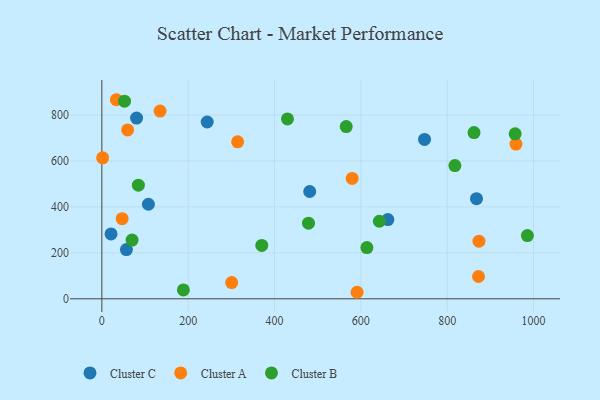
{"axis": {"x": "Speed", "y": "Yield"}, "legend": ["Cluster A", "Cluster B", "Cluster C"], "data": [{"x": "21.3", "y": 282.4, "type": "Cluster C"}, {"x": "56.9", "y": 214.3, "type": "Cluster C"}, {"x": "244.0", "y": 769.9, "type": "Cluster C"}, {"x": "747.5", "y": 694.0, "type": "Cluster C"}, {"x": "80.4", "y": 786.9, "type": "Cluster C"}, {"x": "867.8", "y": 435.9, "type": "Cluster C"}, {"x": "107.8", "y": 411.6, "type": "Cluster C"}, {"x": "481.5", "y": 467.3, "type": "Cluster C"}, {"x": "662.5", "y": 344.8, "type": "Cluster C"}, {"x": "591.2", "y": 28.4, "type": "Cluster A"}, {"x": "873.6", "y": 250.7, "type": "Cluster A"}, {"x": "959.3", "y": 673.8, "type": "Cluster A"}, {"x": "47.0", "y": 348.8, "type": "Cluster A"}, {"x": "872.5", "y": 97.0, "type": "Cluster A"}, {"x": "134.9", "y": 817.2, "type": "Cluster A"}, {"x": "314.5", "y": 683.6, "type": "Cluster A"}, {"x": "59.7", "y": 735.4, "type": "Cluster A"}, {"x": "33.6", "y": 866.8, "type": "Cluster A"}, {"x": "300.7", "y": 70.8, "type": "Cluster A"}, {"x": "579.8", "y": 524.0, "type": "Cluster A"}, {"x": "1.8", "y": 613.7, "type": "Cluster A"}, {"x": "642.8", "y": 337.6, "type": "Cluster B"}, {"x": "862.1", "y": 723.7, "type": "Cluster B"}, {"x": "957.4", "y": 718.5, "type": "Cluster B"}, {"x": "430.0", "y": 783.4, "type": "Cluster B"}, {"x": "84.6", "y": 494.6, "type": "Cluster B"}, {"x": "478.7", "y": 329.2, "type": "Cluster B"}, {"x": "70.0", "y": 255.6, "type": "Cluster B"}, {"x": "614.0", "y": 223.0, "type": "Cluster B"}, {"x": "188.9", "y": 38.7, "type": "Cluster B"}, {"x": "817.8", "y": 580.0, "type": "Cluster B"}, {"x": "985.7", "y": 275.3, "type": "Cluster B"}, {"x": "52.5", "y": 860.4, "type": "Cluster B"}, {"x": "370.5", "y": 232.5, "type": "Cluster B"}, {"x": "566.1", "y": 750.1, "type": "Cluster B"}]}